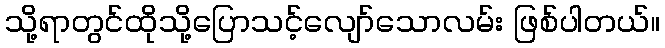
သို့ရာတွင်ထိုသို့ပြောသင့်လျော်သောလမ်း ဖြစ်ပါတယ်။